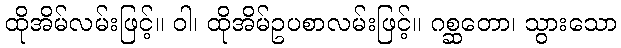
ထိုအိမ်လမ်းဖြင့်။ ဝါ၊ ထိုအိမ်ဥပစာလမ်းဖြင့်။ ဂစ္ဆတော၊ သွားသော